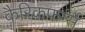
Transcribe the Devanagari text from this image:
कैरिकफर्ग्स